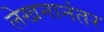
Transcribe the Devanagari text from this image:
लेखनानंतर